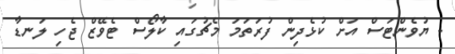
- ޔުވެންޓަސް އަށް ކުޅެދިން ފުރަތަމަ މެޗުގައި ކާލޯސް ޓެވޭޒް ޖެހި ލަނޑާ